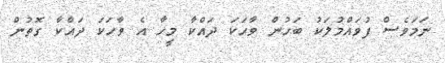
ނަމަވެސް ފުވައްމުލަކު ބަހުން ވާހަކަ ދައްކާ މީހާ އެ ވާހަކަ ދައްކާ ގޮތުން